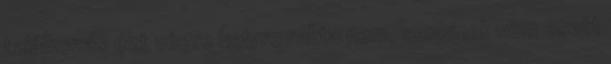
találkozás ezt végre helyre rakta nem, senkinek nem esett